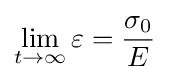
\lim _{t\to \infty }\varepsilon ={\frac {\sigma _{0}}{E}}